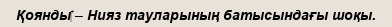
Қоянды‎ – Нияз тауларының батысындағы шоқы.